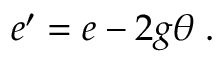
e ^ { \prime } = e - 2 g \theta \; .